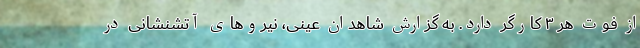
از فوت هر ۳ کارگر دارد. به گزارش شاهدان عینی، نیروهای آتشنشانی در